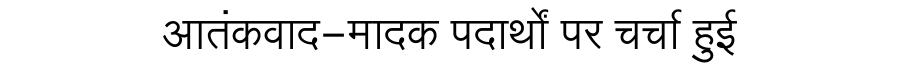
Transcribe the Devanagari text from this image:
आतंकवाद-मादक पदार्थों पर चर्चा हुई